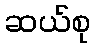
ဆယ်စု